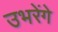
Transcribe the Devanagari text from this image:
उभरेंगे